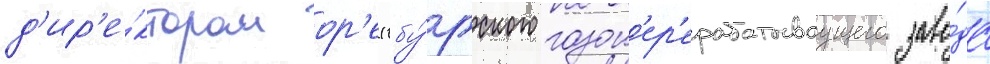
д'ир'е́ктором ор'енбу́ргского газоп'ер'ерабатываущего заво́да